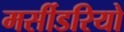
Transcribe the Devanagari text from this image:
मर्सीडरियो